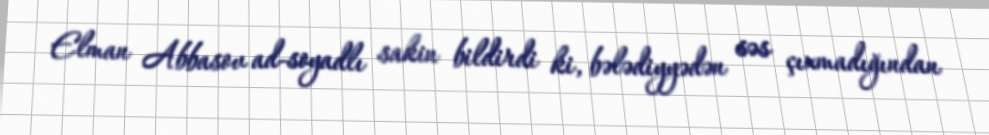
Elman Abbasov ad-soyadlı sakin bildirdi ki, bələdiyyədən səs çıxmadığından